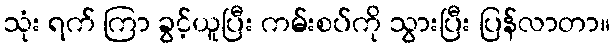
သုံး ရက် ကြာ ခွင့်ယူပြီး ကမ်းစပ်ကို သွားပြီး ပြန်လာတာ။